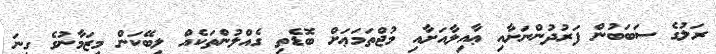
ރަލުގެ ސަބަބުން ފަރުދުންނަށާއި ޢާއިލާއަށާއި މުޖްތަމަޢަށް ބޮޑެތި ގެއްލުންތަކެއް ލިބޭކަން މިޒަމާނުގެ ގިނަ